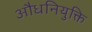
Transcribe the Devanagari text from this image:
औधनियुक्ति